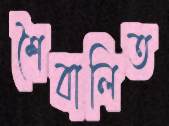
শৈবালিত